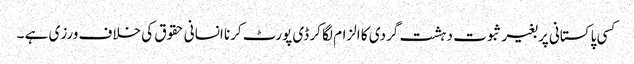
کسی پاکستانی پر بغیر ثبوت دہشت گردی کا الزام لگا کر ڈی پورٹ کرنا انسانی حقوق کی خلاف ورزی ہے ۔